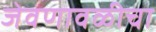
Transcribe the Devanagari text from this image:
जेवणावळीचा